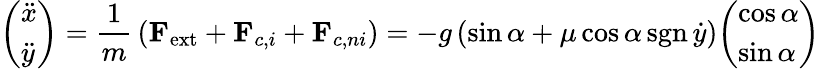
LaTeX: {\left(\begin{array}{l}{{\ddot{x}}}\\ {{\ddot{y}}}\end{array}\right)}={\frac{1}{m}}\left(\mathbf{F}_{\mathrm{ext}}+\mathbf{F}_{c,i}+\mathbf{F}_{c,ni}\right)=-g\left(\sin\alpha+\mu\cos\alpha\operatorname{sgn}{\dot{y}}\right){\left(\begin{array}{l}{\cos\alpha}\\ {\sin\alpha}\end{array}\right)}